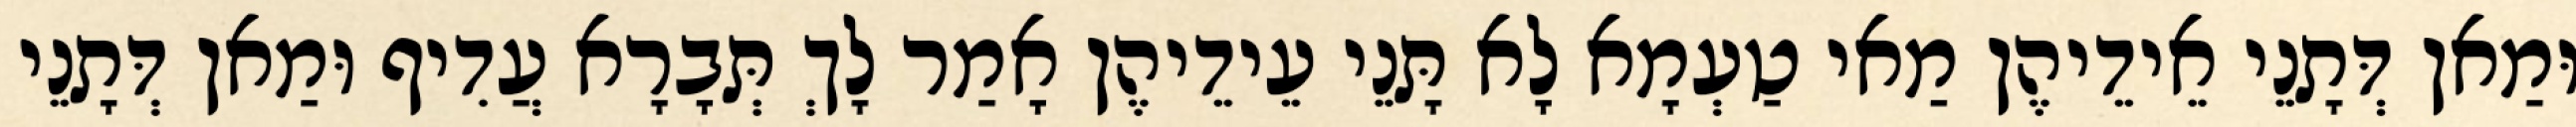
וּמַאן דְּתָנֵי אֵידֵיהֶן מַאי טַעְמָא לָא תָּנֵי עֵידֵיהֶן אָמַר לָךְ תְּבָרָא עֲדִיף וּמַאן דְּתָנֵי